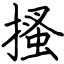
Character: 搔